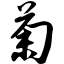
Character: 菊